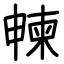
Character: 朄